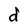
Character: d